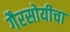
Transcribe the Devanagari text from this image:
गैरसोयीचा